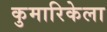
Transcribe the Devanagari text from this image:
कुमारिकेला